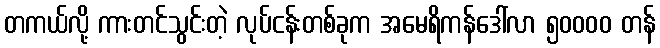
တကယ်လို့ ကားတင်သွင်းတဲ့ လုပ်ငန်းတစ်ခုက အမေရိကန်ဒေါ်လာ ၅၀၀၀၀ တန်